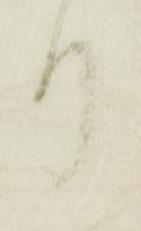
り